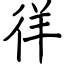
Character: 徉